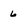
Character: 6